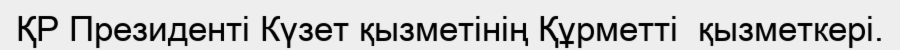
ҚР Президенті Күзет қызметінің Құрметті  қызметкері.